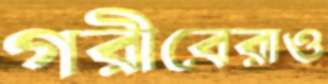
গরীবেরাও